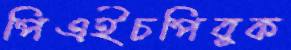
পিএইচপিবুক